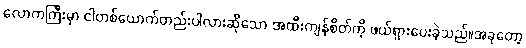
လောကကြီးမှာ ငါတစ်ယောက်တည်းပါလားဆိုသော အထီးကျန်စိတ်ကို ဖယ်ရှားပေးခဲ့သည်။အခုတော့